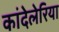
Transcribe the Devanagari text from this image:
कांदेलेरिया